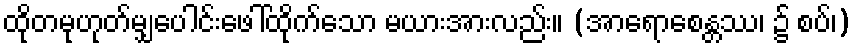
ထိုတမုဟုတ်မျှပေါင်းဖေါ်ထိုက်သော မယားအားလည်း။ (အာရောစေန္တဿ၊ ၌ စပ်၊)